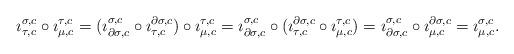
LaTeX: \begin{align*}\imath^{\sigma,c}_{\tau,c}\circ\imath^{\tau,c}_{\mu,c}=(\imath^{\sigma,c}_{\partial\sigma,c}\circ\imath^{\partial\sigma,c}_{\tau,c})\circ\imath^{\tau,c}_{\mu,c}=\imath^{\sigma,c}_{\partial\sigma,c}\circ(\imath^{\partial\sigma,c}_{\tau,c}\circ\imath^{\tau,c}_{\mu,c})=\imath^{\sigma,c}_{\partial\sigma,c}\circ\imath^{\partial\sigma,c}_{\mu,c}=\imath^{\sigma,c}_{\mu,c}.\end{align*}